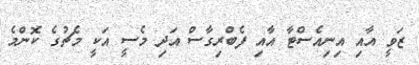
ޒަވީ އާއި އިނިއެސްޓާ އާއި ފެބްރިގާސް އަދި މެސީ އަކީ މެޗުގެ ކޮންމެ